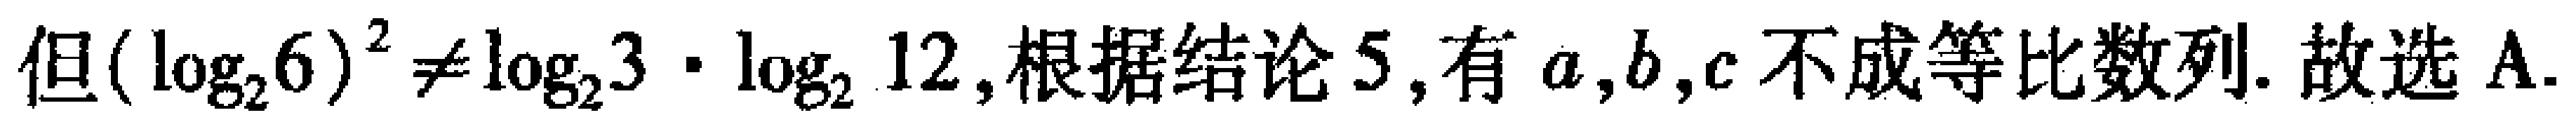
但\((\log_{2}6)^{2}\neq\log_{2}3\cdot\log_{2}12\),根据结论5,有\(a,b,c\)不成等比数列. 故选A.